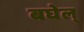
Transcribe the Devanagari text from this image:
बघेल्